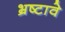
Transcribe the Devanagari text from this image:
भ्रष्टावे